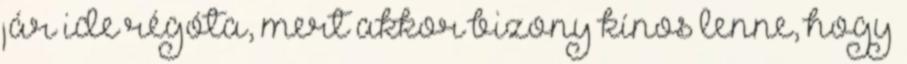
jár ide régóta, mert akkor bizony kínos lenne, hogy